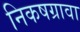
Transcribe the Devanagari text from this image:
निकषग्रावा